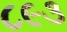
૮૯૩